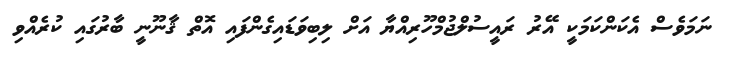
ނަމަވެސް އެކަންކަމަކީ އޭރު ރައީސުލްޖުމްހޫރިއްޔާ އަށް ލިބިވަޑައިގެންފައި އޮތް ޤާނޫނީ ބާރުގައި ކުރެއްވި